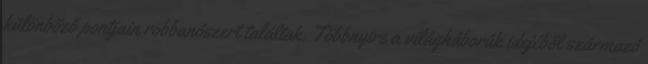
különböző pontjain robbanószert találtak. Többnyire a világháborúk idejéből származó